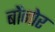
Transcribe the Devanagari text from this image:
बोंनोर